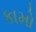
કામો